Annual administration report of the Civil Veterinary Department of India - 1893-1894
Year: 1893
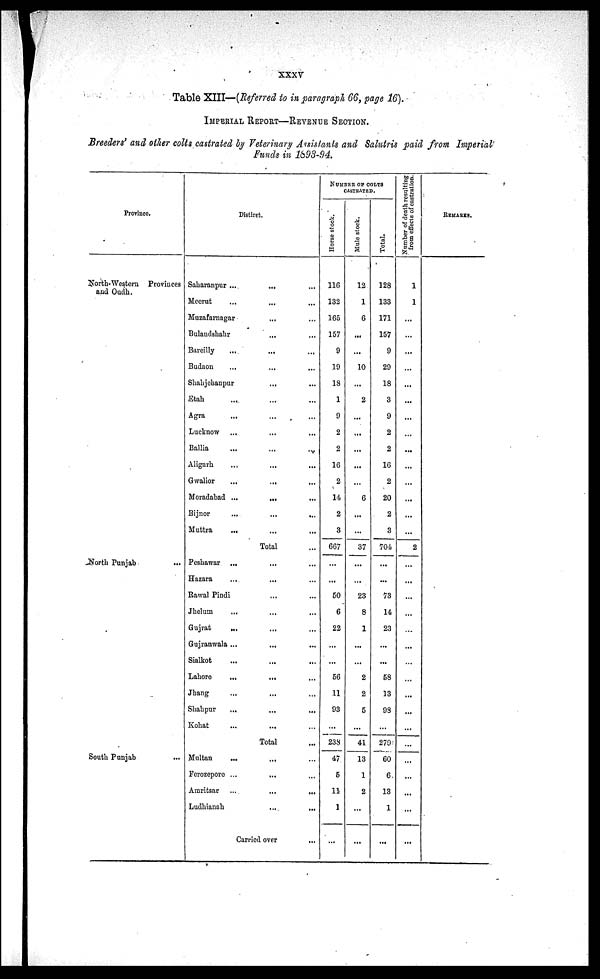
xxxv
Table XIII—(Referred to in paragraph 66, page 16).
IMPERIAL REPORT-REVENUE SECTION.
Breeders' and other colts castrated by Veterinary Assistants and Salutris paid from Imperial
Funds in 1893-94.
Province.
North-Western Provinces
and Oudh,
North Punjab
South Punjab ...
Distiret.
Saharanpur ... ... ...
Meerut ... ... ...
Muzafamagar ... ...
Bulandshahr ... ...
Bareilly ... ... ...
Budaon ... ... ...
Shahjehanpur ... ... ...
Etah ... ... ...
Agra ... ... ...
Lucknow ... ... ...
Ballia ... ... ...
Aligarh ... ... ...
Gwalior ... ... ...
Moradabad ... ... ...
Bijnor ... ... ...
Muttra ... ... ...
Total...
Peshawar ... ... ...
Hazara ... ... ...
Rawal Pindi ... ...
Jhelum ... ... ...
Gujrat ... ... ...
Gujranwala ... ... ...
Sialkot ... ... ...
Lahore ... ... ...
Jhang ... ... ...
Shahpur ... ... ...
Kohat ... ... ...
Total...
Multan ... ... ...
Ferozepore ... ... ...
Amritsar ... ... ...
Ludhianah ... ...
Carried over...
NUMBER OF COLTS
CASTRATED.
Horse stock.
116
132
165
157
9
19
18
1
9
2
2
16
2
14
2
3
667
...
...
50
6
22
...
...
56
11
93
...
238
47
5
11
1
...
Mule stock.
12
1
6
...
...
10
...
2
...
...
...
...
...
6
...
...
37
...
...
23
8
1
...
...
2
2
5
...
41
13
1
2
...
...
Total.
128
133
171
157
9
29
18
3
9
2
2
16
2
20
2
3
704
...
...
73
14
23
...
...
58
13
98
...
279
60
6
13
1
...
Number of death resulting
from effects of castration.
1
1
...
...
...
...
...
...
...
...
...
...
...
...
...
...
2
...
...
...
...
...
...
...
...
...
...
...
...
...
...
...
...
...
REMARKS.